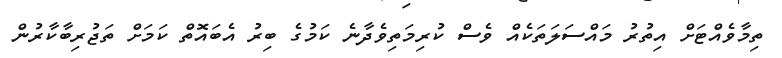
ތިމާވެއްޓަށް އިތުރު މައްސަލަތަކެއް ވެސް ކުރިމަތިވެދާނެ ކަމުގެ ބިރު އެބައޮތް ކަމަށް ތަޖުރިބާކާރުން